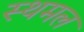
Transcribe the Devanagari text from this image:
स्थमल